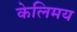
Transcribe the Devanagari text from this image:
केलिमय